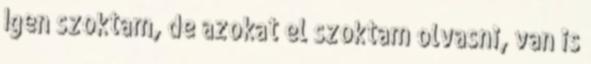
Igen szoktam, de azokat el szoktam olvasni, van is